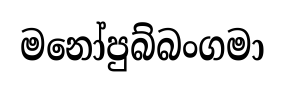
මනෝපුබ්බංගමා